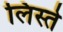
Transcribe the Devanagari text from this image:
लिस्ते